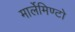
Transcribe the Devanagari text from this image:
मार्लेमिण्टो